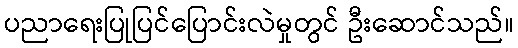
ပညာရေးပြုပြင်ပြောင်းလဲမှုတွင် ဦးဆောင်သည်။